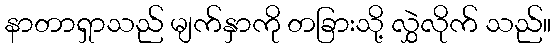
နာတာရှာသည် မျက်နှာကို တခြားသို့ လွှဲလိုက် သည်။